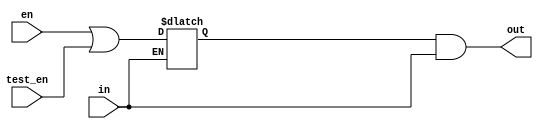
// This program was cloned from: https://github.com/cascade-artifacts-designs/cascade-chipyard
// License: BSD 3-Clause "New" or "Revised" License

/* verilator lint_off UNOPTFLAT */

module EICG_wrapper(
  output out,
  input en,
  input test_en,
  input in
);

  reg en_latched /*verilator clock_enable*/;

  always @(*) begin
     if (!in) begin
        en_latched = en || test_en;
     end
  end

  assign out = en_latched && in;

endmodule